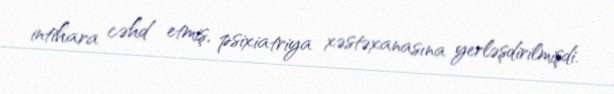
intihara cəhd etmiş, psixiatriya xəstəxanasına yerləşdirilmişdi.